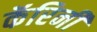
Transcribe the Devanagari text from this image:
कॅरिनी